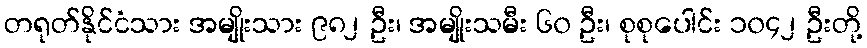
တရုတ်နိုင်ငံသား အမျိုးသား ၉၈၂ ဦး၊ အမျိုးသမီး ၆၀ ဦး၊ စုစုပေါင်း ၁၀၄၂ ဦးတို့